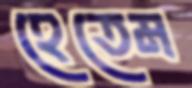
হেতেম